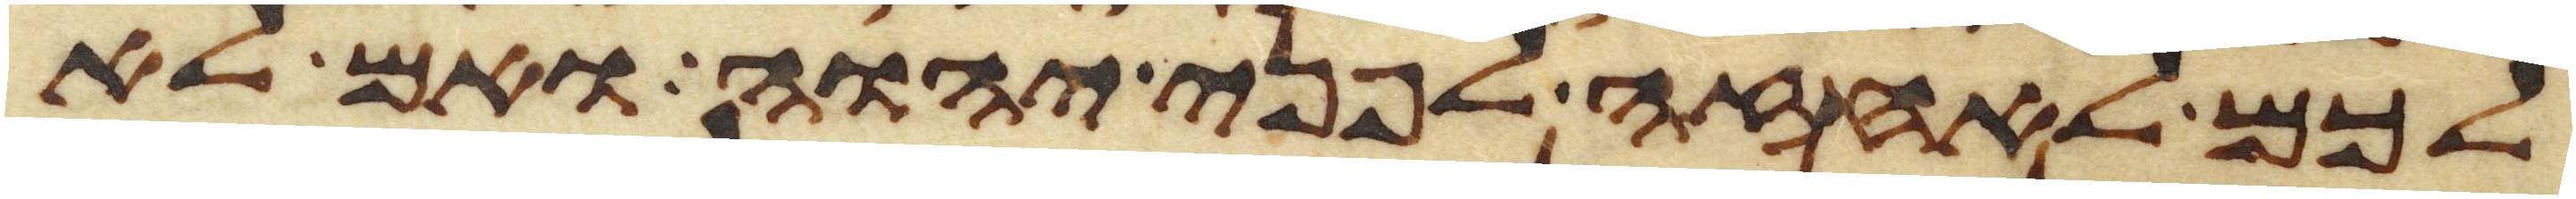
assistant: לכם לאחזה לפני יהוה ואם לא